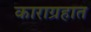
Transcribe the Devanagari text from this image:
काराग्रहात